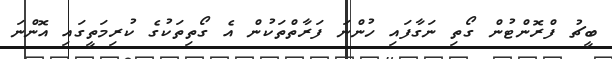
ބީޗު ފްރޮންޓުން ގޯތި ނަގާފައި ހުންނަ ފަރާތްތަކުން އެ ގޯތިތަކުގެ ކުރިމަތީގައި އޮންނަ